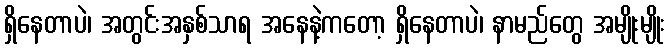
ရှိနေတာပဲ၊ အတွင်းအနှစ်သာရ အနေနဲ့ကတော့ ရှိနေတာပဲ၊ နာမည်တွေ အမျိုးမျိုး